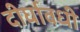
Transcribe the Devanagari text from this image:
दीर्घावधी